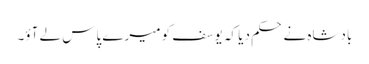
بادشاہ نے حکم دیا کہ یوسف کو میرے پاس لے آؤ۔